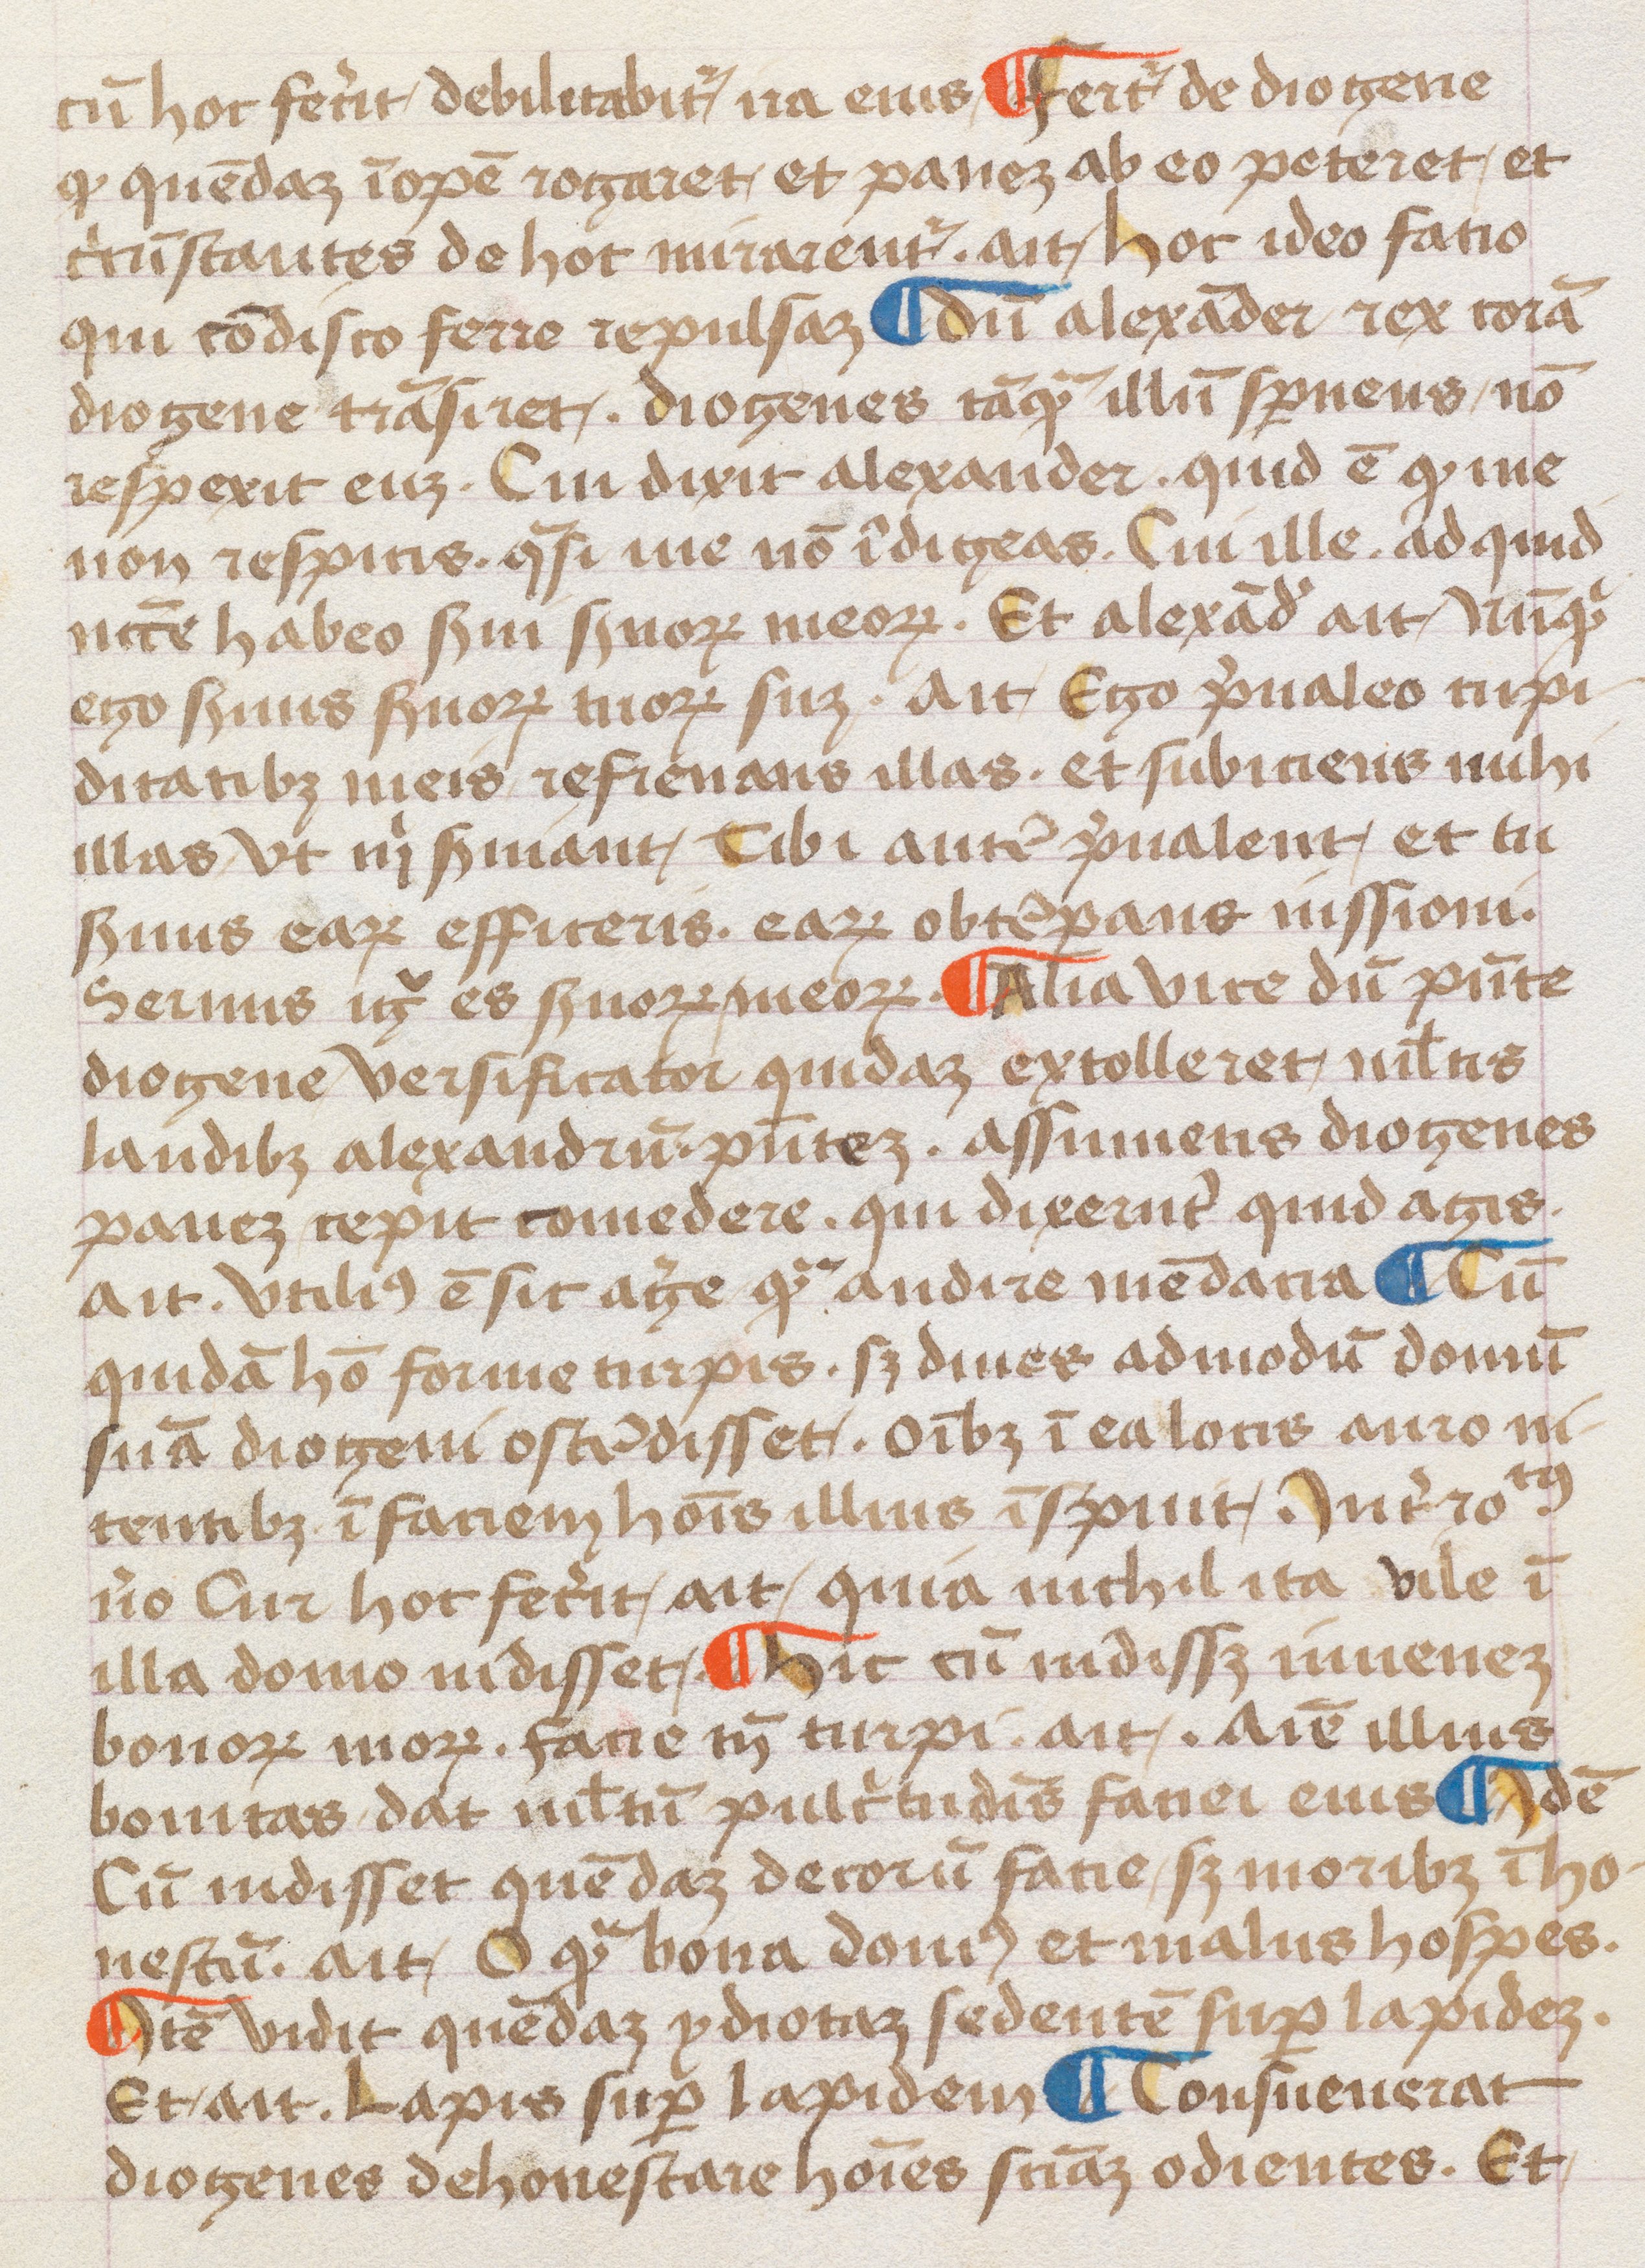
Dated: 1452–1452